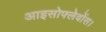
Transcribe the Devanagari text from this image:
आइसोफ्लेवोंस।